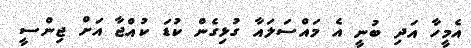
އެމީހާ އަދި ބުނީ އެ މައްސަލައާ ގުޅިގެން ކުޑަ ކުއްޖާ އަށް ޖިންސީ